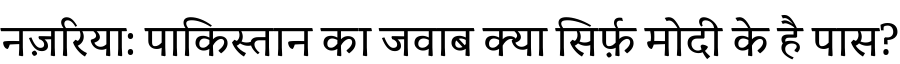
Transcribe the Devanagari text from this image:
नज़रिया: पाकिस्तान का जवाब क्या सिर्फ़ मोदी के है पास?